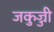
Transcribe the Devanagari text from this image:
जकुज्जी